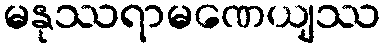
မနုဿရာမဏေယျဿ